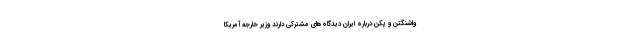
واشنگتن و پکن درباره ایران دیدگاه‌های مشترکی دارند وزیر خارجه آمریکا